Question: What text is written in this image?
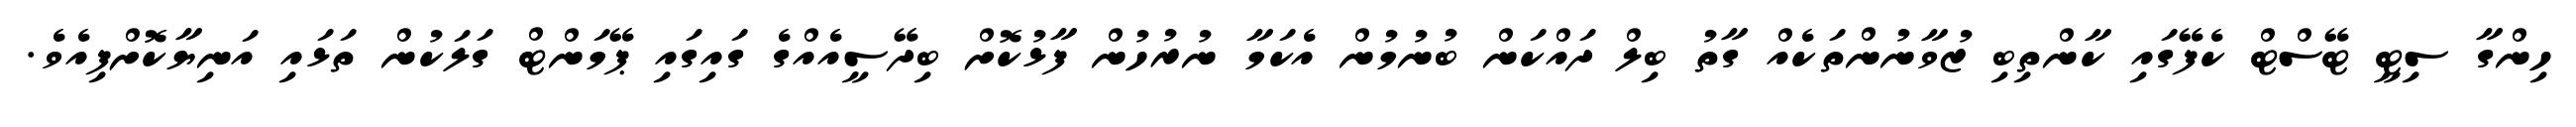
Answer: ހިންގާ ސިޓީ ޓޭސްޓް ކެފޭގައި ކާންތިބި ޒުވާނުންތަކެއް ގާތު ބިލް ދައްކަން ބުނުމުން އެކަމާ ނުރުހުން ފާޅުކޮށް ބިދޭސީއެއްގެ ގައިގައި ޕޭމަންޓް ގަލަކުން ތަޅައި އަނިޔާކޮށްފިއެވެ.